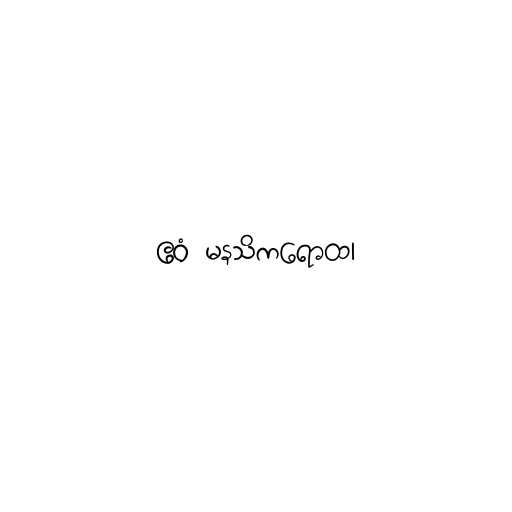
ဧဝံ မနသိကရောထ၊